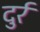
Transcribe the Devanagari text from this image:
दुर्र